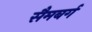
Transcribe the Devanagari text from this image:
सैमबर्ग